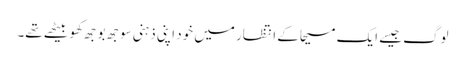
لوگ جیسے ایک مسیحا کے انتظار میں خود اپنی ذہنی سوجھ بوجھ کھو بیٹھے تھے۔